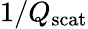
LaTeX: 1/Q_{\mathrm{scat}}